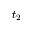
t _ { 2 }